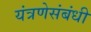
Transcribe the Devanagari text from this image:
यंत्रणेसंबंधी